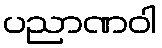
ပညာဏဝါ